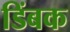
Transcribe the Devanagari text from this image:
डिंबक